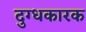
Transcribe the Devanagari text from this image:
दुग्धकारक